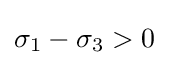
\sigma _{1}-\sigma _{3}>0